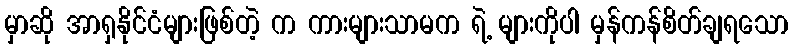
မှာဆို အာရှနိုင်ငံများဖြစ်တဲ့ က ကားများသာမက ရဲ့ များကိုပါ မှန်ကန်စိတ်ချရသော